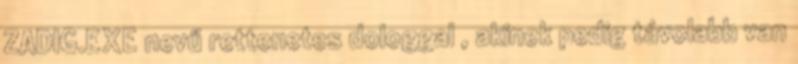
ZADIG.EXE nevű rettenetes dologgal , akinek pedig távolabb van